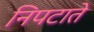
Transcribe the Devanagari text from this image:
निपटाते